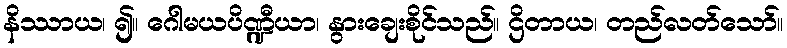
နိဿာယ၊ ၍။ ဂေါမယပိဏ္ဍီယာ၊ နွားချေးစိုင်သည်။ ဌိတာယ၊ တည်လတ်သော်။